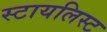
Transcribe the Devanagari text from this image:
स्टायलिस्ट